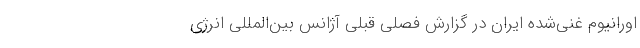
اورانیوم‌ غنی‌شده ایران در گزارش فصلی قبلی آژانس بین‌المللی انرژی